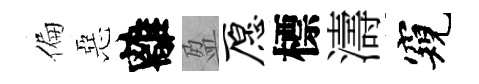
偏惡離盈愿標濤窺